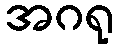
အဂရု